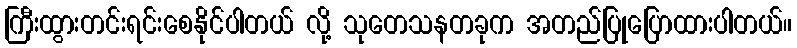
ကြီးထွားတင်းရင်းစေနိုင်ပါတယ် လို့ သုတေသနတခုက အတည်ပြုပြောထားပါတယ်။